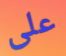
على